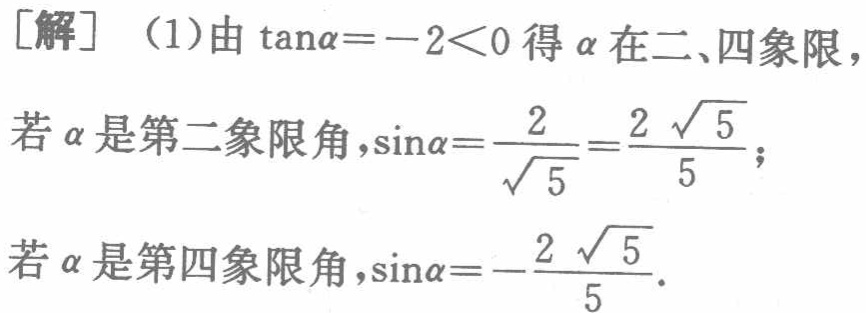
[解] （1）由\(\tan\alpha = - 2<0\)得\(\alpha\)在二、四象限，
若\(\alpha\)是第二象限角，\(\sin\alpha=\frac{2}{\sqrt{5}}=\frac{2\sqrt{5}}{5}\)；
若\(\alpha\)是第四象限角，\(\sin\alpha=-\frac{2\sqrt{5}}{5}\)．